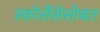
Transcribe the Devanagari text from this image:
स्कोर्सेसेसोबत